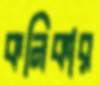
কনিকার